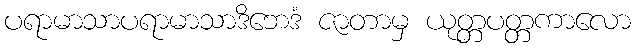
ပရာမာသာပရာမာသာဒိဘေဒံ ဇာတာမှ ယုတ္တပတ္တကာလော